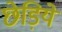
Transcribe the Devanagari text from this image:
छेड़िये